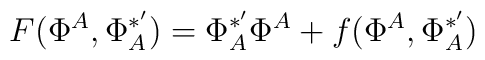
F(\Phi^A,\Phi^{*'}_A)=\Phi^{*'}_A\Phi^A +f(\Phi^A,\Phi^{*'}_A)